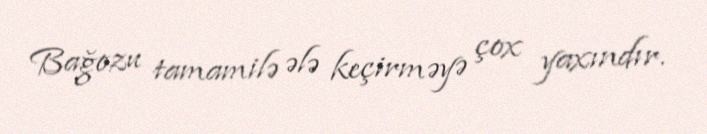
Bağozu tamamilə ələ keçirməyə çox yaxındır.